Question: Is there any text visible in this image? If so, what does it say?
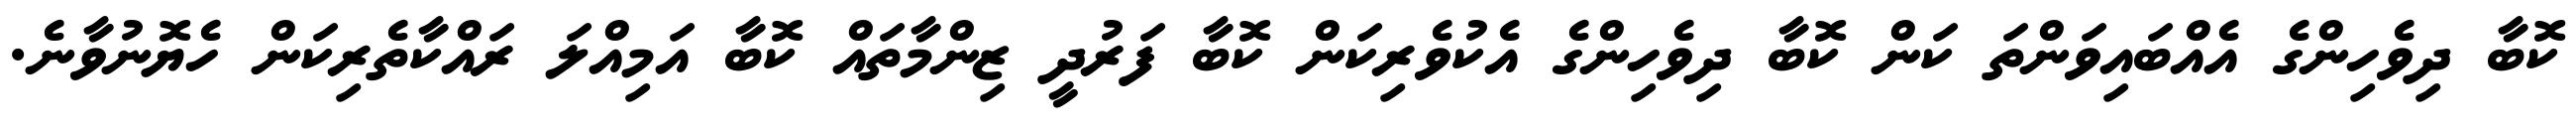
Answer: ކޮބާ ދިވެހިންގެ އެއްބައިވަންތަ ކަން ކޮބާ ދިވެހިންގެ އެކުވެރިކަން ކޮބާ ފަރުދީ ޒިންމާތައް ކޮބާ އަމިއްލަ ރައްކާތެރިކަން ހެޔޮނުވާނެ.